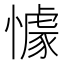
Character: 懅